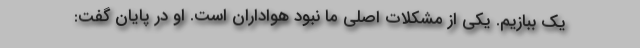
یک ببازیم. یکی از مشکلات اصلی ما نبود هواداران است. او در پایان گفت: